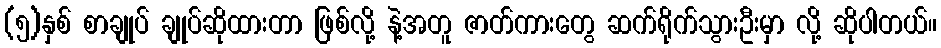
(၅)နှစ် စာချုပ် ချုပ်ဆိုထားတာ ဖြစ်လို့ နဲ့အတူ ဇာတ်ကားတွေ ဆက်ရိုက်သွားဦးမှာ လို့ ဆိုပါတယ်။